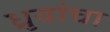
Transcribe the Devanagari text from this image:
ध्रुवांचा